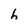
Character: h